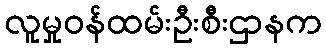
လူမှုဝန်ထမ်းဦးစီးဌာနက